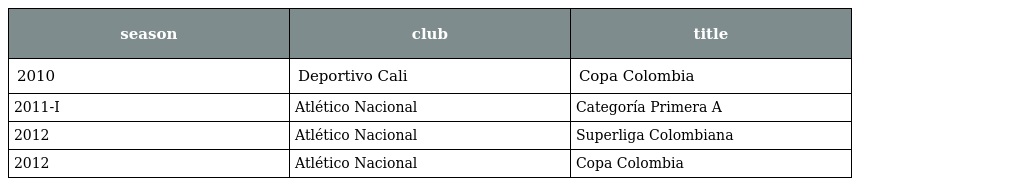
| season | club | title |
 | --- | --- | --- |
 | 2010 | Deportivo Cali | Copa Colombia |
 | 2011-I | Atlético Nacional | Categoría Primera A |
 | 2012 | Atlético Nacional | Superliga Colombiana |
 | 2012 | Atlético Nacional | Copa Colombia |